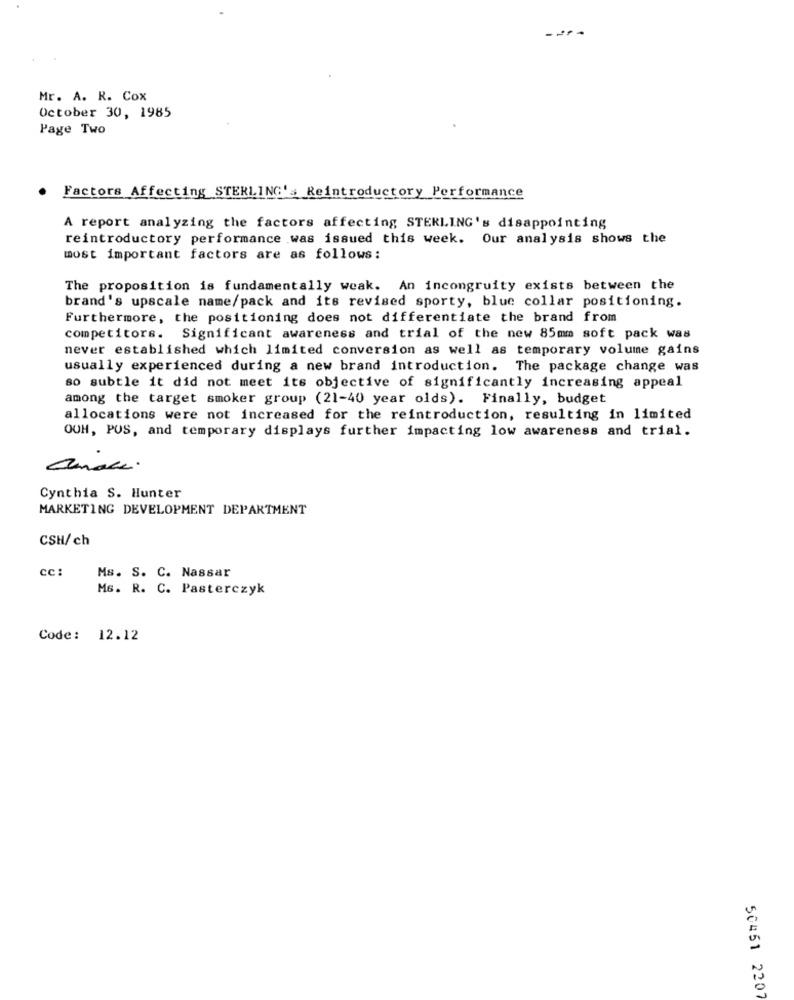
Mr. A. R. Cox
October 30, 1985
Page Two
Factors Affecting STERLING', Reintroductory Performance
A report analyzing the factors affecting STERLING's disappointing
reintroductory performance was issued this week. Our analysis shows the
most important factors are as follows:
The proposition is fundamentally weak. An incongruity exists between the
brand's upscale name/pack and its revised sporty, blue collar positioning.
Furthermore, the positioning does not differentiate the brand from
competitors. Significant awareness and trial of the new 85mm soft pack was
never established which limited conversion as well as temporary volume gains
usually experienced during a new brand introduction. The package change was
so subtle it did not meet its objective of significantly increasing appeal
among the target smoker group (21-40 year olds). Finally, budget
allocations were not increased for the reintroduction, resulting in limited
OUH, PUS, and temporary displays further impacting low awareness and trial.
Cynthia S. Hunter
MARKETING DEVELOPMENT DEPARTMENT
CSH/ch
cc:
Ms. S. C. Nassar
M6. R. C. Pasterczyk
Code: 12.12
50451 2207